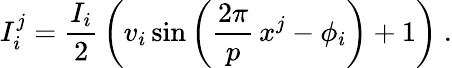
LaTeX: I_{i}^{j}=\frac{I_{i}}{2}\, \left(v_{i}\sin\left(\frac{2\pi}{p}\, x^{j}-\phi_{i}\right)+1\right)\ .